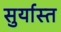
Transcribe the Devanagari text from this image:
सुर्यास्‍त